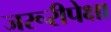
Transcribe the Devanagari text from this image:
जरूरीपेक्षा